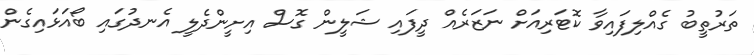
ތަރުތީބު ގެއްލިފައިވާ ކޮޓަރިއަށް ނަޒަރެއް ދީފައި ޝަލީން ގޮސް އިށީންދެލީ އެނދުގައި ބޯއަޅައިގެން